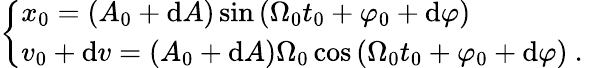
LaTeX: \left\{ \begin{array}{l}{x_{0}=(A_{0}+\mathrm{d}A)\sin\left(\Omega_{0}t_{0}+\varphi_{0}+\mathrm{d}\varphi\right)}\\ {v_{0}+\mathrm{d}v=(A_{0}+\mathrm{d}A)\Omega_{0}\cos\left(\Omega_{0}t_{0}+\varphi_{0}+\mathrm{d}\varphi\right)\mathrm{~.~}}\end{array}\right.